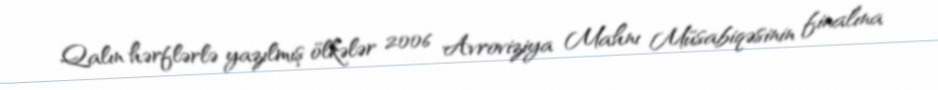
Qalın hərflərlə yazılmış ölkələr 2006 Avroviziya Mahnı Müsabiqəsinin finalına